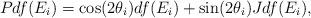
LaTeX: \begin{align*}Pdf(E_i)=\cos(2\theta_i)df(E_i)+\sin(2\theta_i)Jdf(E_i),\end{align*}